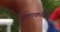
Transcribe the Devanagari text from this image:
मुलाकाती